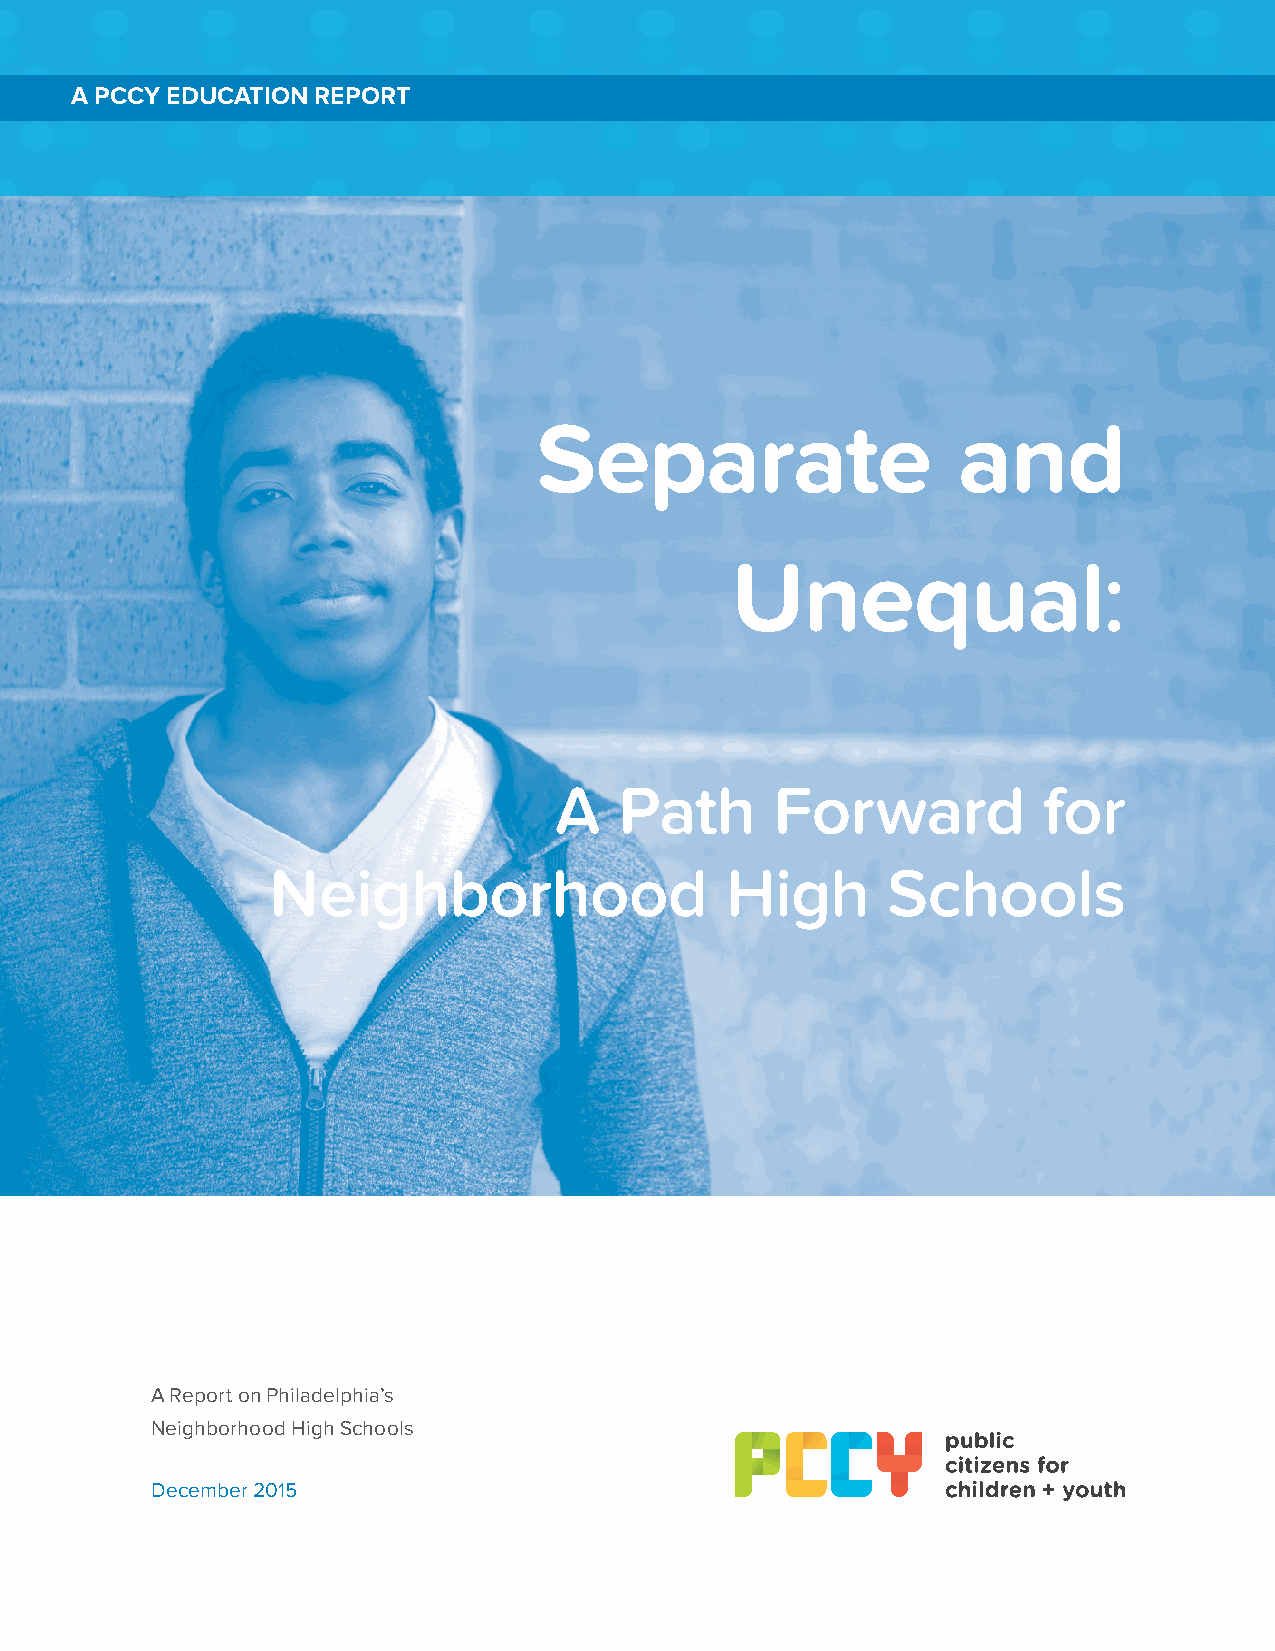
A PCCY EDUCATION REPORT
 SSeeppaarraattee               aanndd
 Unequal:
 :
 Unequal
 A     Path           Forward                  for
 A   Path      Forward           for
 High           Schools
 Neighborhood                  High       Schools
 A Report on Philadelphia’s
 Neighborhood High Schools
 December 2015